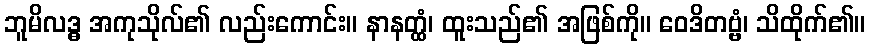
ဘူမိလဒ္ဓ အကုသိုလ်၏ လည်းကောင်း။ နာနတ္ထံ၊ ထူးသည်၏ အဖြစ်ကို။ ဝေဒိတဗ္ဗံ၊ သိထိုက်၏။